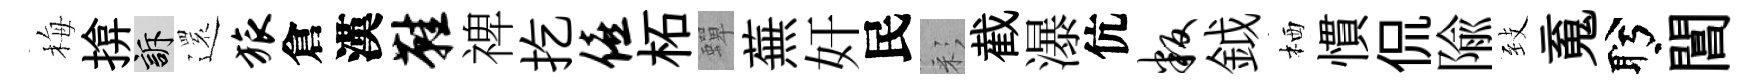
梅揜訴𮟃旅倉漢鞋禆扢僖柘蟬蕪奸民彩截瀑伉叛鉞栖慣侃隃𦤺䰟盻閶